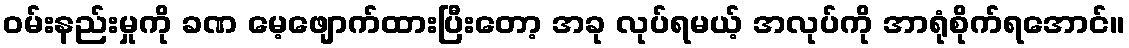
ဝမ်းနည်းမှုကို ခဏ မေ့ဖျောက်ထားပြီးတော့ အခု လုပ်ရမယ့် အလုပ်ကို အာရုံစိုက်ရအောင်။